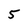
Character: 5